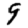
Digit: 9